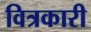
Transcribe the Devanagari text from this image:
वित्रकारी